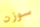
سوزن